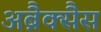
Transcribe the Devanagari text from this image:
अब्रैक्सैस